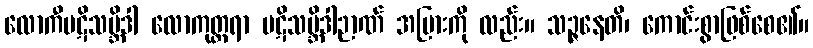
လောကီပဋိသမ္ဘိဒါ လောကုတ္တရာ ပဋိသမ္ဘိဒါဉာဏ် အပြားကို လည်း။ သဉ္ဇနေတိ၊ ကောင်းစွာဖြစ်စေ၏။